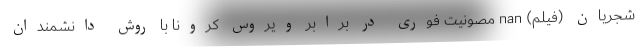
شجریان (فیلم) nan مصونیت فوری در برابر ویروس کرونا با روش دانشمندان